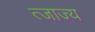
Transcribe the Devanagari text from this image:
त्जाज्य